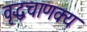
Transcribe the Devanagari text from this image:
वृद्धचाणक्य